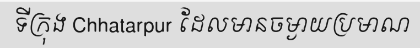
ទីក្រុង Chhatarpur ដែលមានចម្ងាយប្រមាណ